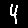
Digit: 4